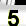
Digit: 5